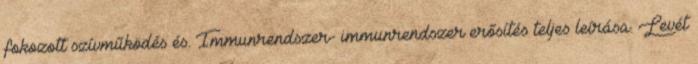
fokozott szívműködés és. Immunrendszer- immunrendszer erősítés teljes leírása. Levét